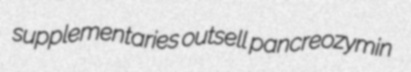
supplementaries outsell pancreozymin